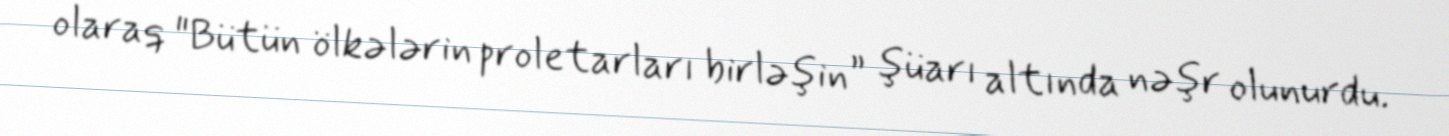
olaraq "Bütün ölkələrin proletarları birləşin” şüarı altında nəşr olunurdu.